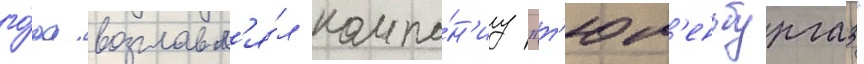
го́да возглавл'я́л компа́н'иу "т'юм'еньбургаз"